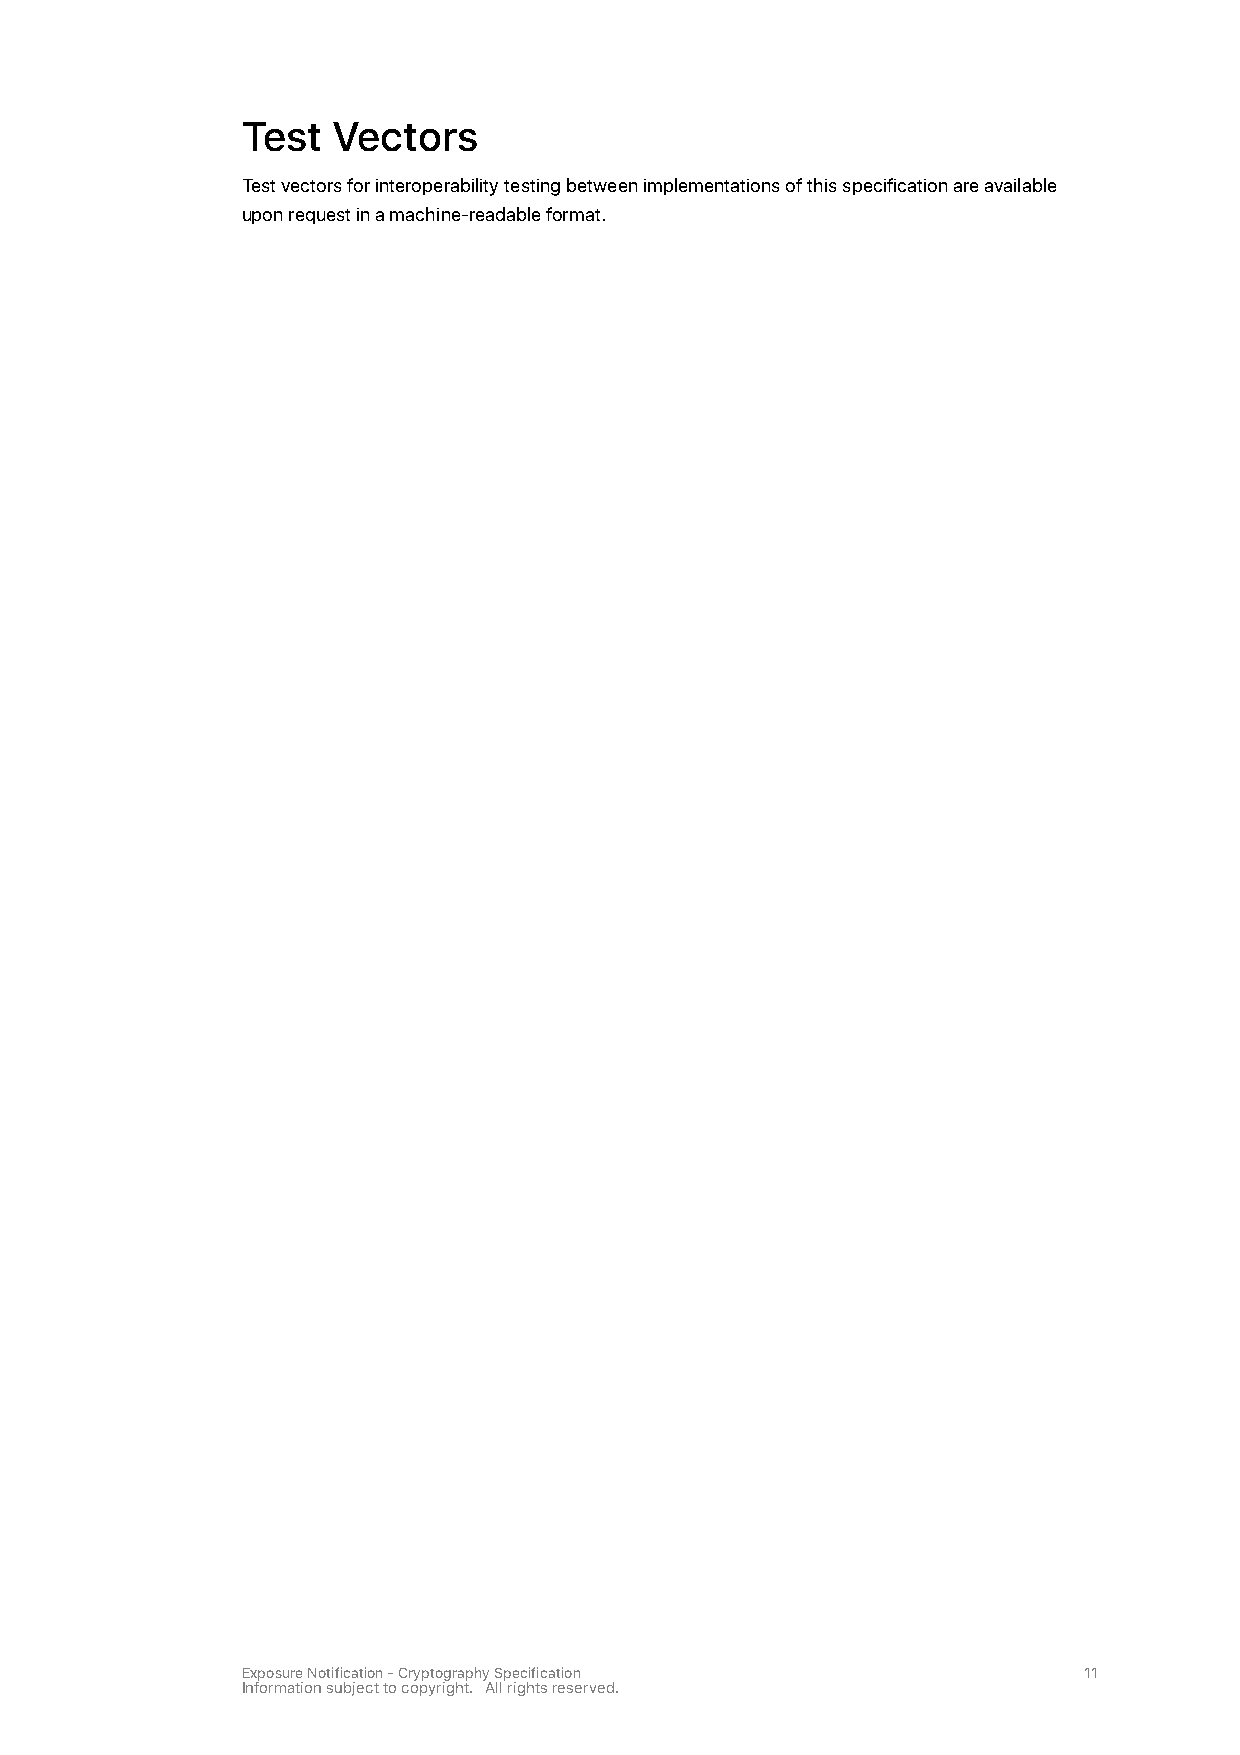
Test  Vectors
 Test vectors for interoperability testing between implementations of this specification are available
 upon request in a machine-readable format.
 Exposure Notification - Cryptography Specification      11
 Information subject to copyright. All rights reserved.